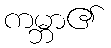
ကမ္ဘာ၏